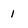
Character: 1